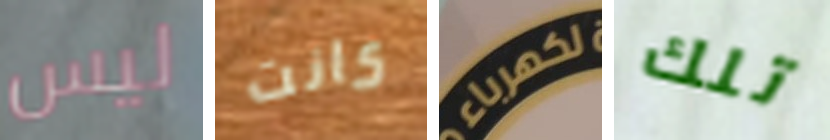
ليس كانت لكهرباء تلك